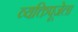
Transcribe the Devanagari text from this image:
व्यक्तिपूजेला